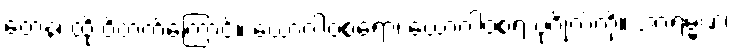
တေန၊ ထို ဝိတက်ကြောင့်။ ယောဂါဝစရော၊ ယောဂါဝစရ ပုဂ္ဂိုလ်ကို။ အာရမ္မဏံ၊